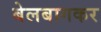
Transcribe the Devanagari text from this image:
बेलबागकर